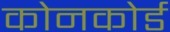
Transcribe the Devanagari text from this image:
कोनकोर्ड